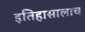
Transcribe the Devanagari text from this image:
इतिहासालाच